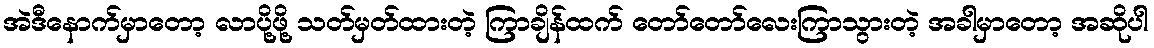
အဲဒီနောက်မှာတော့ လာပို့ဖို့ သတ်မှတ်ထားတဲ့ ကြာချိန်ထက် တော်တော်လေးကြာသွားတဲ့ အခါမှာတော့ အဆိုပါ